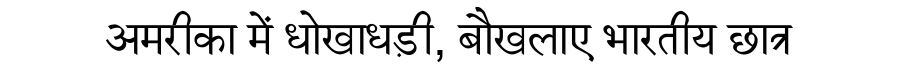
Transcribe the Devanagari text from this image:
अमरीका में धोखाधड़ी, बौखलाए भारतीय छात्र